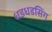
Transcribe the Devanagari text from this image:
धडधडसिंग